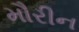
મૌરીન